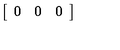
\left[ \begin{array} { c c c } { 0 } & { 0 } & { 0 } \\ \end{array} \right]